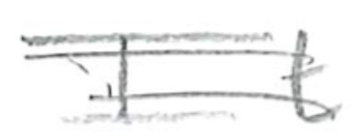
Text: It
Cross-out: double-line
Writing tool: pencil